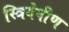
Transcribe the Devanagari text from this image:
स्त्रियेवीण